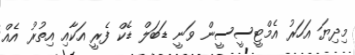
މިދިޔަ އަހަރު އެމްޓީސީސީން ވަނީ ޑަބަލް ޑެކް ފެރީ އަކާއި އިތުރު އެއް